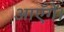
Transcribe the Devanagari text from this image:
आएँगें।